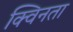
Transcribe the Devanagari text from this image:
क्विनता